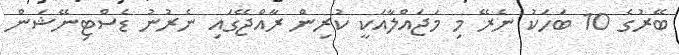
ބޭރުގެ 10 ބަހަކު ނެރޭ މި މަޖައްލާއަކީ ކުރިން ރާއްޖޭގައި ނެރުނު ޑެސްޓިނޭޝަން